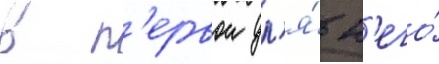
в п'ервои дл'я́ н'его́